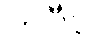
ကပီဝ